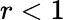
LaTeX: r<1